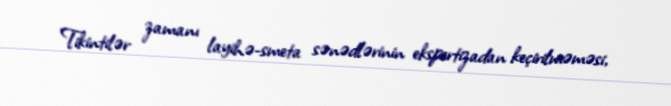
Tikintilər zamanı layihə-smeta sənədlərinin ekspertizadan keçirilməməsi,